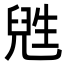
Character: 𬎸